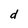
Character: d